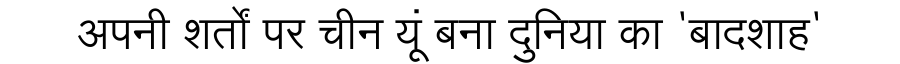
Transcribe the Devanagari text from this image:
अपनी शर्तों पर चीन यूं बना दुनिया का 'बादशाह'